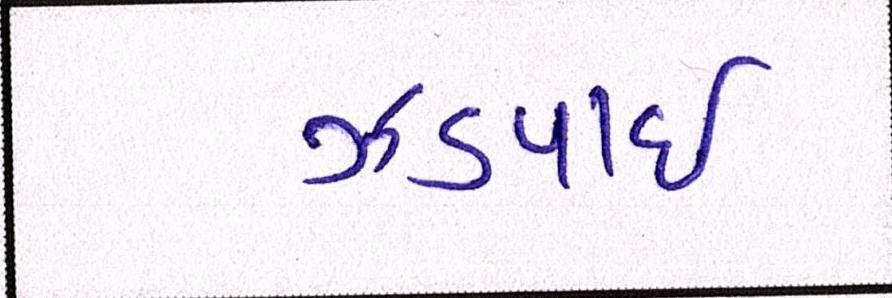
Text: ઝડપાઈ